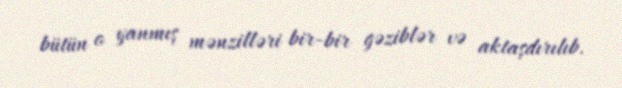
bütün o yanmış mənzilləri bir-bir gəziblər və aktaşdırılıb.